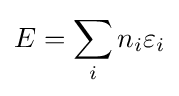
E=\sum _{i}n_{i}\varepsilon _{i}